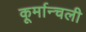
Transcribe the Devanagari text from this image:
कूर्मान्चली